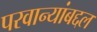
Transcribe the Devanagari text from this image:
परवान्यांबद्दल